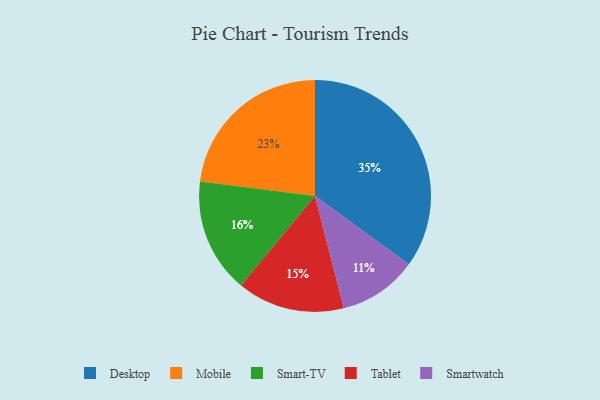
{"axis": {"x": "Category", "y": "Percentage"}, "legend": ["Desktop", "Mobile", "Smart-TV", "Smartwatch", "Tablet"], "data": [{"x": "Desktop", "y": 35, "type": "Desktop"}, {"x": "Tablet", "y": 15, "type": "Tablet"}, {"x": "Smart-TV", "y": 16, "type": "Smart-TV"}, {"x": "Mobile", "y": 23, "type": "Mobile"}, {"x": "Smartwatch", "y": 11, "type": "Smartwatch"}]}